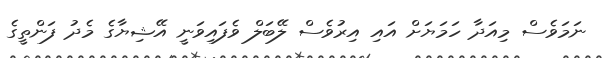
ނަމަވެސް މިއަދާ ހަމަޔަށް އައި އިރުވެސް ލޭބަލް ވެފައިވަނީ އޭޝިޔާގެ މެދު ފަންތީގެ